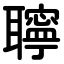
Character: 聹